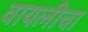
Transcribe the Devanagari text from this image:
वायलीचा